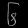
Digit: ၆